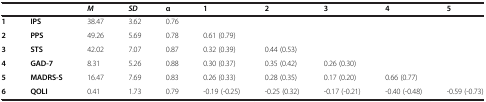
<table><thead><tr><td></td><td></td><td><b><i>M</i></b></td><td><b><i>SD</i></b></td><td><b>α</b></td><td><b>1</b></td><td><b>2</b></td><td><b>3</b></td><td><b>4</b></td><td><b>5</b></td></tr></thead><tbody><tr><td><b>1</b></td><td><b>IPS</b></td><td>38.47</td><td>3.62</td><td>0.76</td><td></td><td></td><td></td><td></td><td></td></tr><tr><td><b>2</b></td><td><b>PPS</b></td><td>49.26</td><td>5.69</td><td>0.78</td><td>0.61 (0.79)</td><td></td><td></td><td></td><td></td></tr><tr><td><b>3</b></td><td><b>STS</b></td><td>42.02</td><td>7.07</td><td>0.87</td><td>0.32 (0.39)</td><td>0.44 (0.53)</td><td></td><td></td><td></td></tr><tr><td><b>4</b></td><td><b>GAD-7</b></td><td>8.31</td><td>5.26</td><td>0.88</td><td>0.30 (0.37)</td><td>0.35 (0.42)</td><td>0.26 (0.30)</td><td></td><td></td></tr><tr><td><b>5</b></td><td><b>MADRS-S</b></td><td>16.47</td><td>7.69</td><td>0.83</td><td>0.26 (0.33)</td><td>0.28 (0.35)</td><td>0.17 (0.20)</td><td>0.66 (0.77)</td><td></td></tr><tr><td><b>6</b></td><td><b>QOLI</b></td><td>0.41</td><td>1.73</td><td>0.79</td><td>-0.19 (-0.25)</td><td>-0.25 (0.32)</td><td>-0.17 (-0.21)</td><td>-0.40 (-0.48)</td><td>-0.59 (-0.73)</td></tr></tbody></table>